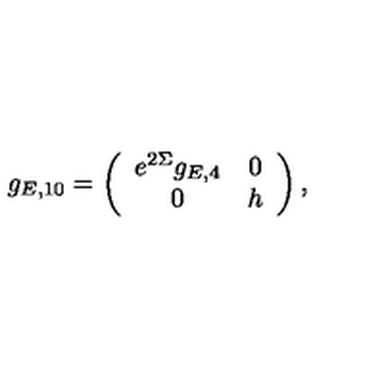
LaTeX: g _ { E , 1 0 } = \left( \begin{array} { c c } { e ^ { 2 \Sigma } g _ { E , 4 } } & { 0 } \\ { 0 } & { h } \\ \end{array} \right) ,